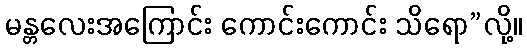
မန္တလေးအကြောင်း ကောင်းကောင်း သိရော”လို့။